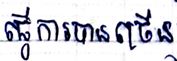
ធ្វើការបានច្រើន